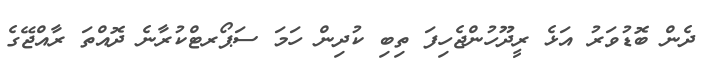
ދެން ބޮޑުވަރު އަޅެ ރީދޫހުންޖެހިފަ ތިބި ކުދިން ހަމަ ސަޕޯރޓްކުރާނެ ދޮއްތަ ރާއްޖޭގެ